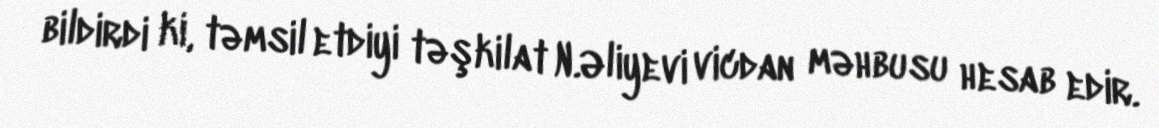
bildirdi ki, təmsil etdiyi təşkilat N.Əliyevi vicdan məhbusu hesab edir.